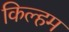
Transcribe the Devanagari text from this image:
किल्हम